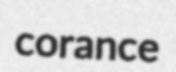
corance